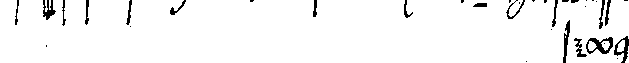
# seyn